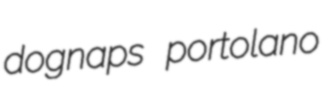
dognaps portolano